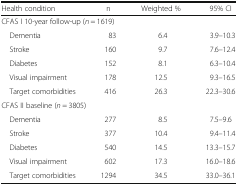
<table><thead><tr><td><b>Health condition</b></td><td><b>n</b></td><td><b>Weighted %</b></td><td><b>95% CI</b></td></tr></thead><tbody><tr><td colspan="4">CFAS I 10-year follow-up (<i>n</i> = 1619)</td></tr><tr><td> Dementia</td><td>83</td><td>6.4</td><td>3.9–10.3</td></tr><tr><td> Stroke</td><td>160</td><td>9.7</td><td>7.6–12.4</td></tr><tr><td> Diabetes</td><td>152</td><td>8.1</td><td>6.3–10.4</td></tr><tr><td> Visual impairment</td><td>178</td><td>12.5</td><td>9.3–16.5</td></tr><tr><td> Target comorbidities</td><td>416</td><td>26.3</td><td>22.3–30.6</td></tr><tr><td colspan="4">CFAS II baseline (<i>n</i> = 3805)</td></tr><tr><td> Dementia</td><td>277</td><td>8.5</td><td>7.5–9.6</td></tr><tr><td> Stroke</td><td>377</td><td>10.4</td><td>9.4–11.4</td></tr><tr><td> Diabetes</td><td>540</td><td>14.5</td><td>13.3–15.7</td></tr><tr><td> Visual impairment</td><td>602</td><td>17.3</td><td>16.0–18.6</td></tr><tr><td> Target comorbidities</td><td>1294</td><td>34.5</td><td>33.0–36.1</td></tr></tbody></table>